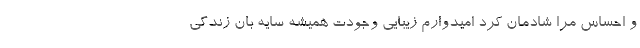
و احساس مرا شادمان کرد امیدوارم زیبایی وجودت همیشه سایه بان زندگی